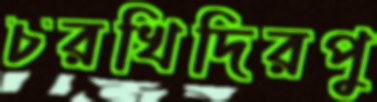
চরখিদিরপু